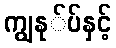
ကျွနု်ပ်နှင့်